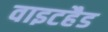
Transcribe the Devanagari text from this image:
वाइटहैड